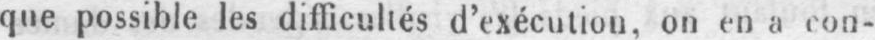
que possible les difficultés d’exécution, on en a con-